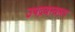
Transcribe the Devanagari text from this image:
उपद्रवस्वरूप